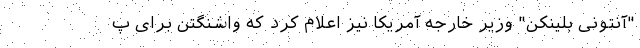
"آنتونی بلینکن" وزیر خارجه آمریکا نیز اعلام کرد که واشنگتن برای پ